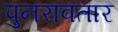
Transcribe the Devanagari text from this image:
पुनरावतार